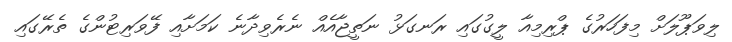
ލިވަޕޫލަށް މިފަހަރުގެ ޕްރިމިއާ ލީގުގައި ރަނގަޅު ނަތީޖާއެއް ނެރެވިދާނެ ކަމަށާއި ފޭވަރިޓުންގެ ތެރޭގައި